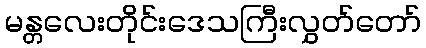
မန္တလေးတိုင်းဒေသကြီးလွှတ်တော်